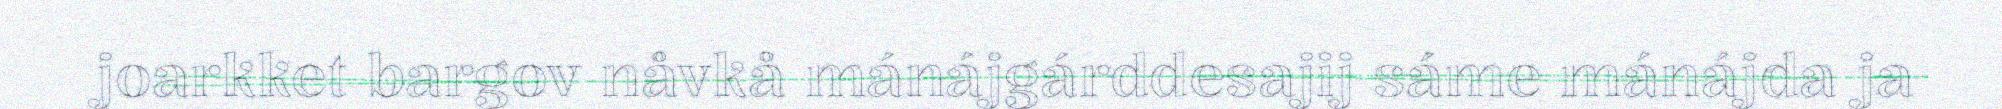
joarkket bargov nåvkå mánájgárddesajij sáme mánájda ja